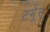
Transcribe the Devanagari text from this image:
टर्मूस्